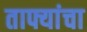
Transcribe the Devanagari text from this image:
ताफ्यांचा